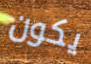
يكون